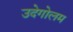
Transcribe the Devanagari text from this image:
उदेगोलम